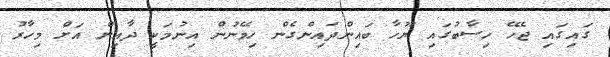
ގައިގައި ޖެހޭ ހިސާބުގައި ޔޫހާ ބައިންދައިންގެން ހިމޭނުން އިނުމަކީ ދާއިން އަށް މިހާރު